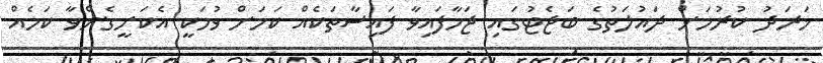
ޚަރަދު ކުރުމަށް ދައުލަތުގެ ބަޖެޓުގައި ޖަހާފައިވާ ފައިސާތަކެއް ކަމަށް ވުމަކީ އެކަށީގެންވާ ކަމެއް